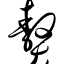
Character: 獒